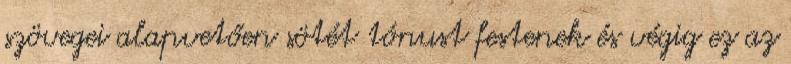
szövegei alapvetően sötét tónust festenek és végig ez az